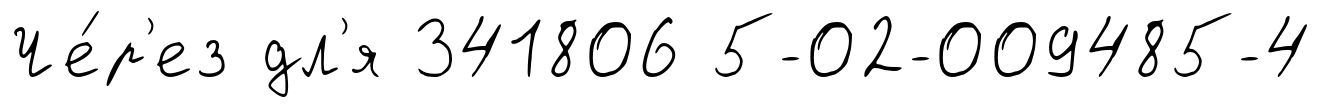
Че́р'ез дл'я 341806 5-02-009485-4